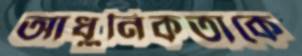
আধুনিকতাকে